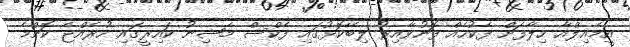
އީމެއިލްއާ ހިލާފަށް ފެކުހެއް ފޮނުވާއިރު ލިބޭކޮޅުގައި ފެކްސް މެޝިނު ކައިރީގައި ހުރެއްޖެ ކޮންމެ